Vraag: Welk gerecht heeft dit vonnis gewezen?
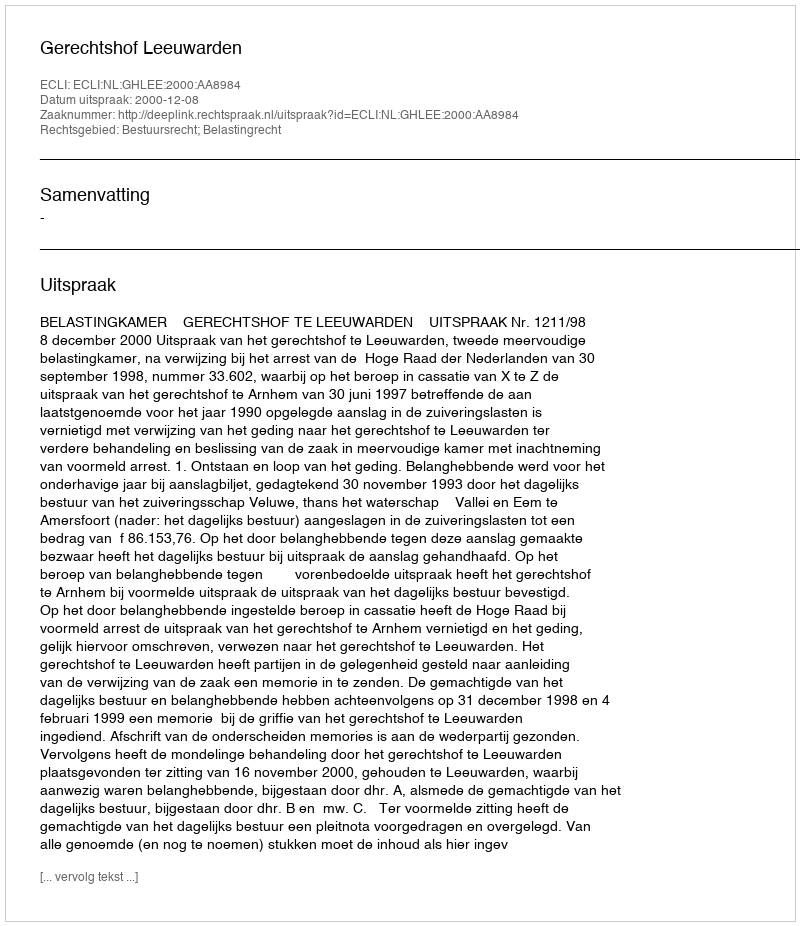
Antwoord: Gerechtshof Leeuwarden